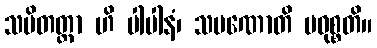
သမိတတ္တာ ဟိ ပါပါနံ၊ သမဏောတိ ပဝုစ္စတိ။